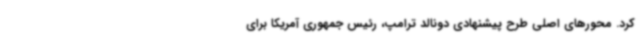
کرد. محورهای اصلی طرح پیشنهادی دونالد ترامپ، رئیس جمهوری آمریکا برای